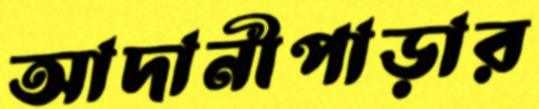
আদানীপাড়ার